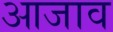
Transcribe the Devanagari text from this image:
आजाव